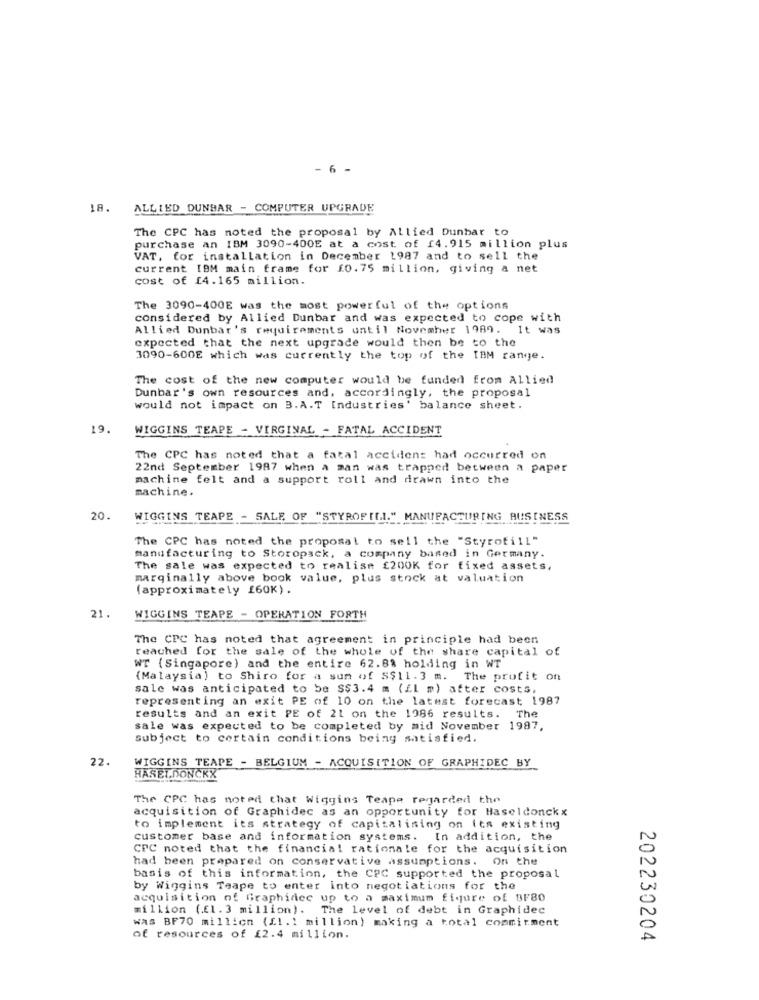
-6 -
18.
ALLIED DUNBAR - COMPUTER UPGRADE
The CPC has noted the proposal by Allied Dunbar to
purchase an IBM 3090-400E at a cost of f4.915 million plus
VAT, for installation in December 1987 and to sell the
current IBM main frame for f0.75 million, giving a net
cost of £4.165 million.
The 3090-400E was the most powerful of the options
considered by Allied Dunbar and was expected to cope with
Allied Dunbar's requirements until November 1989. It was
expected that the next upgrade would then be to the
3090-600E which was currently the top of the IBM range.
The cost of the new computer would be funded from Allied
Dunbar's own resources and, accordingly, the proposal
would not impact on B.A.T Industries' balance sheet.
19.
WIGGINS TEAPE - VIRGINAL - FATAL ACCIDENT
The CPC has noted that a fatal accident had occurred on
22nd September 1987 when a man was trapped between a paper
machine felt and a support roll and drawn into the
machine.
20.
WIGGINS TEAPE - SALE OF "STYROF [.I." MANUFACTURING BUSINESS
The CPC has noted the proposal to sell the "Styrofill"
manufacturing to Storopack, a company based in Germany.
The sale was expected to realise 2200K for fixed assets,
marginally above book value, plus stock at valuation
(approximately £60K).
21.
WIGGINS TEAPE - OPERATION FORTH
The CPC has noted that agreement in principle had been
reached for the sale of the whole of the share capital of
WT (Singapore) and the entire 62.88 holding in WT
(Malaysia) to Shiro for a sum of S$11.3 m. The profit ont
sale was anticipated to be $$3.4 m (fl m) after costs.
representing an exit PE of 10 on the latest forecast 1987
results and an exit PE of 21 on the 1986 results. The
sale was expected to be completed by mid November 1987,
Subject to certain conditions being satisfied.
22.
WIGGINS TEAPE - BELGIUM - ACQUISITION OF GRAPHIDEC BY
HASELDONCKX
The CPC has noted that Wiggins Teape regarded the
acquisition of Graphidec as an opportunity for Haseldonckx
to implement its strategy of capitalising on its existing
customer base and information systems. In addition, the
CPC noted that the financial rationale for the acquisition
had been prepared on conservative assumptions. On the
basis of this information, the CPC supported the proposal
by Wiggins Teape to enter into negotiations for the
acquisition of Graphidec up to a maximum figure of BF80
million (.f1.3 million). The level of debt in Graphidee
was BF70 million (Ll .: million) making a total commitment
of resources of 12.4 million.
202230204